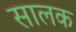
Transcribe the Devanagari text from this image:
सालक